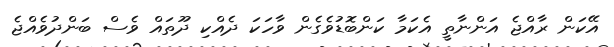
އޭކަން ރާއްޖެ އަންނާތީ އެކަމާ ކަންބޮޑުވެެގެން ވާހަކަ ދެއްކި ދޫތައް ވެސް ބަންދުވެއްޖެ